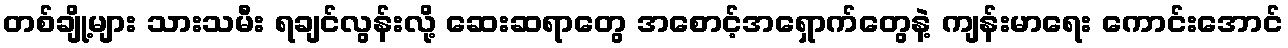
တစ်ချို့များ သားသမီး ရချင်လွန်းလို့ ဆေးဆရာတွေ အစောင့်အရှောက်တွေနဲ့ ကျန်းမာရေး ကောင်းအောင်